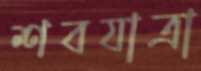
শবযাত্রা